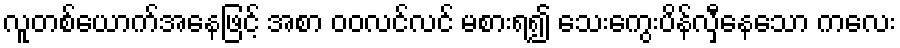
လူတစ်ယောက်အနေဖြင့် အစာ ဝဝလင်လင် မစားရ၍ သေးကွေးပိန်လှီနေသော ကလေး